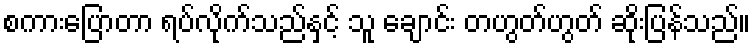
စကားပြောတာ ရပ်လိုက်သည်နှင့် သူ ချောင်း တဟွတ်ဟွတ် ဆိုးပြန်သည်။